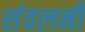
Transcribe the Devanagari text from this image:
संवलनी